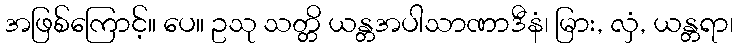
အဖြစ်ကြောင့်။ ပေ။ ဥသု သတ္တိ ယန္တအပါသာဏာဒီနံ၊ မြား, လှံ, ယန္တရာ၊